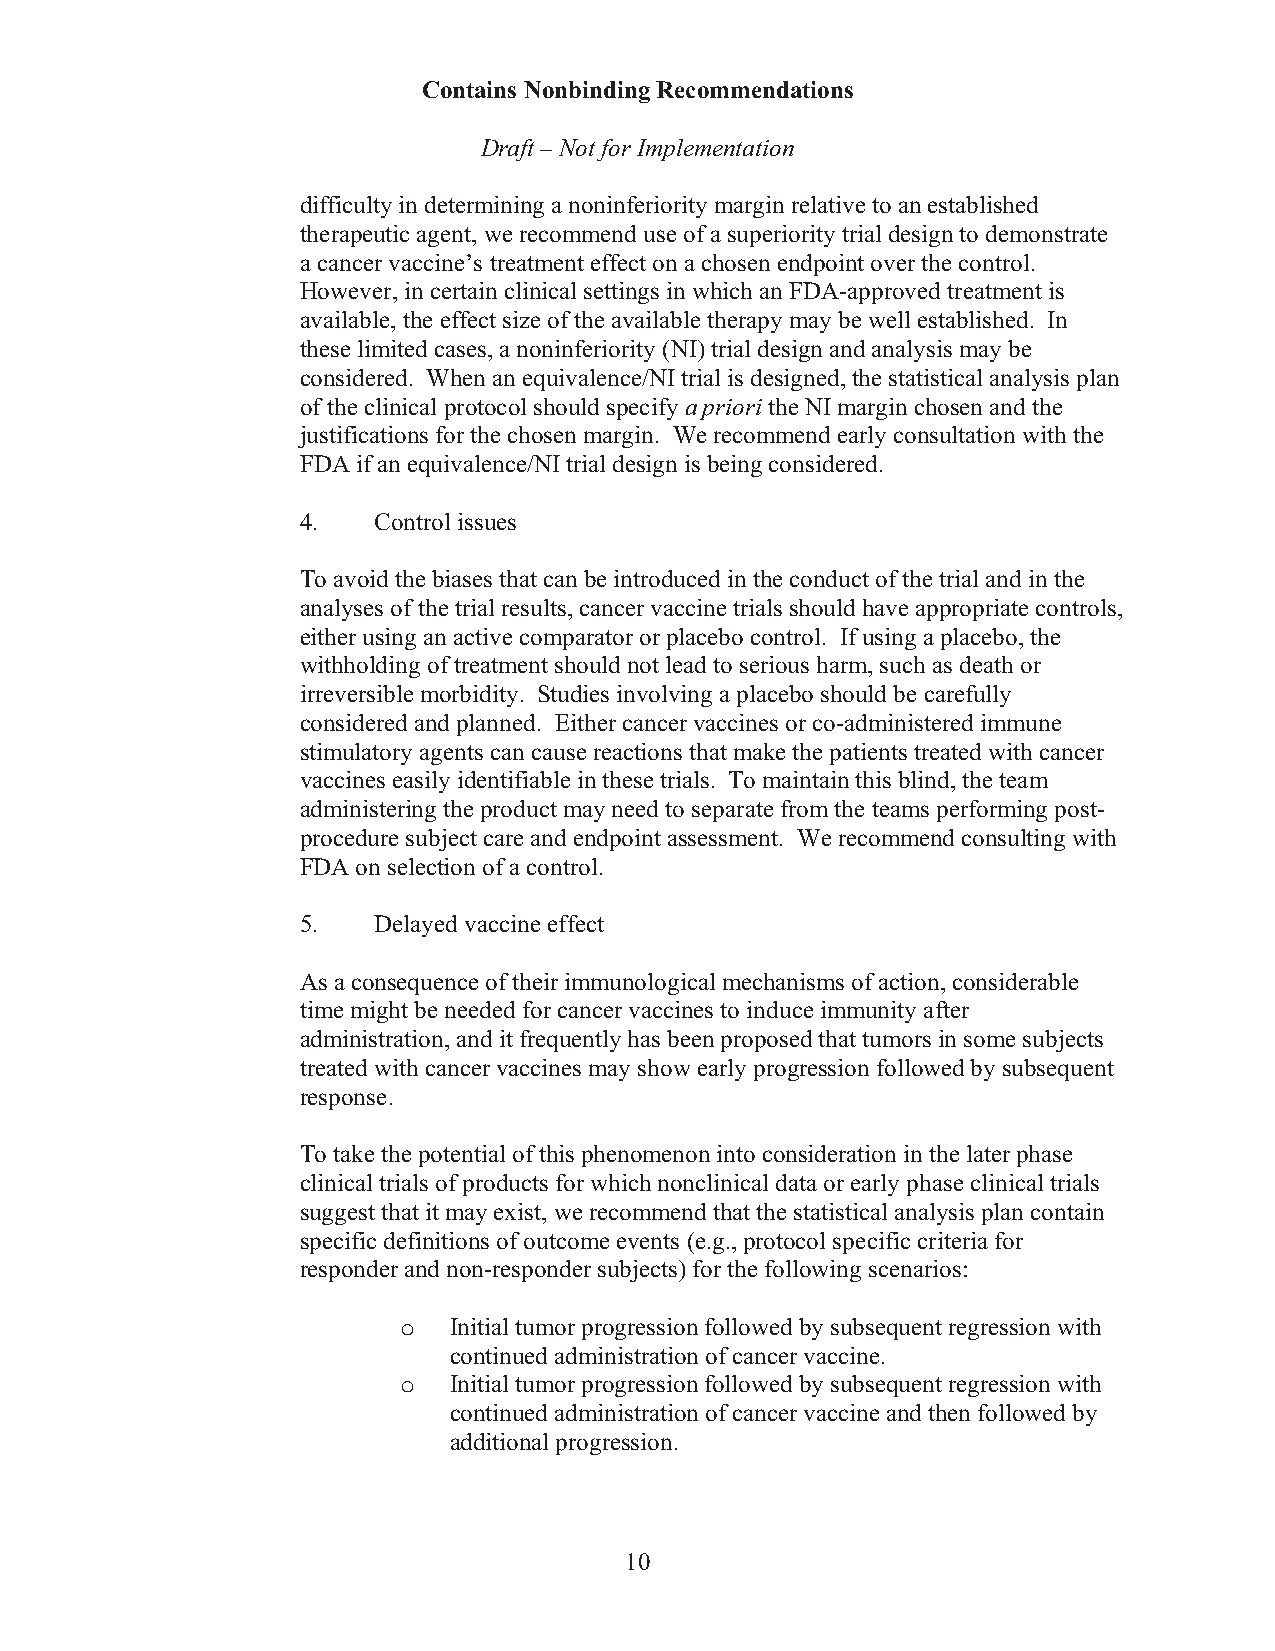
Contains Nonbinding Recommendations
 Draft – Not for Implementation
 difficulty in determining a noninferiority margin relative to an established
 therapeutic agent, we recommend use of a superiority trial design to demonstrate
 a cancer vaccine’s treatment effect on a chosen endpoint over the control.
 However, in certain clinical settings in which an FDA-approved treatment is
 available, the effect size of the available therapy may be well established. In
 these limited cases, a noninferiority (NI) trial design and analysis may be
 considered. When an equivalence/NI trial is designed, the statistical analysis plan
 of the clinical protocol should specify a priori the NI margin chosen and the
 justifications for the chosen margin. We recommend early consultation with the
 FDA if an equivalence/NI trial design is being considered.
 4.   Control issues
 To avoid the biases that can be introduced in the conduct of the trial and in the
 analyses of the trial results, cancer vaccine trials should have appropriate controls,
 either using an active comparator or placebo control. If using a placebo, the
 withholding of treatment should not lead to serious harm, such as death or
 irreversible morbidity. Studies involving a placebo should be carefully
 considered and planned. Either cancer vaccines or co-administered immune
 stimulatory agents can cause reactions that make the patients treated with cancer
 vaccines easily identifiable in these trials. To maintain this blind, the team
 administering the product may need to separate from the teams performing post-
 procedure subject care and endpoint assessment. We recommend consulting with
 FDA on selection of a control.
 5.   Delayed vaccine effect
 As a consequence of their immunological mechanisms of action, considerable
 time might be needed for cancer vaccines to induce immunity after
 administration, and it frequently has been proposed that tumors in some subjects
 treated with cancer vaccines may show early progression followed by subsequent
 response.
 To take the potential of this phenomenon into consideration in the later phase
 clinical trials of products for which nonclinical data or early phase clinical trials
 suggest that it may exist, we recommend that the statistical analysis plan contain
 specific definitions of outcome events (e.g., protocol specific criteria for
 responder and non-responder subjects) for the following scenarios:
 o   Initial tumor progression followed by subsequent regression with
 continued administration of cancer vaccine.
 o   Initial tumor progression followed by subsequent regression with
 continued administration of cancer vaccine and then followed by
 additional progression.
 10